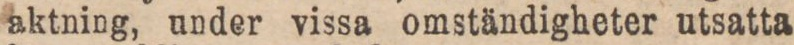
aktning, under vissa omständigheter utsatta